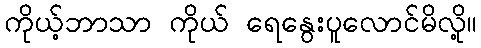
ကိုယ့်ဘာသာ ကိုယ် ရေနွေးပူလောင်မိလို့။